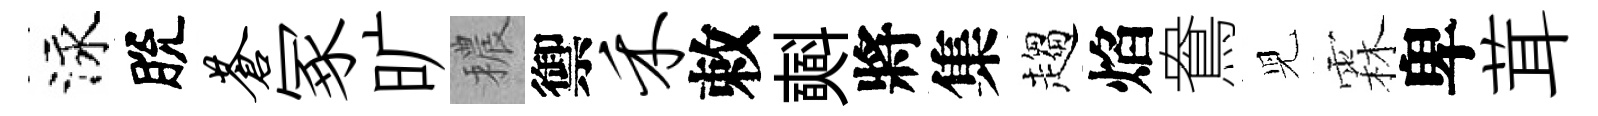
泳脫苍冢旷穠禦禾敕𣂏將集趨焰鴦児霖卑茸